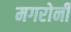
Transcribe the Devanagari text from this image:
मगरोनी